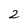
Character: 2